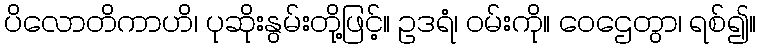
ပိလောတိကာဟိ၊ ပုဆိုးနွမ်းတို့ဖြင့်။ ဥဒရံ၊ ဝမ်းကို။ ဝေဌေတွာ၊ ရစ်၍။